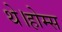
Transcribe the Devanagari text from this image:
थे।होम्स